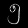
Digit: ၅